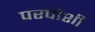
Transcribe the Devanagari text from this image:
परपोशी